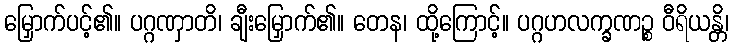
မြှောက်ပင့်၏။ ပဂ္ဂဏှာတိ၊ ချီးမြှောက်၏။ တေန၊ ထို့ကြောင့်။ ပဂ္ဂဟလက္ခဏဉ္စ ဝီရိယန္တိ၊